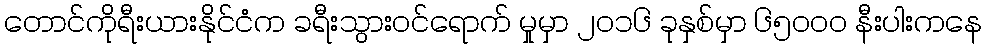
တောင်ကိုရီးယားနိုင်ငံက ခရီးသွားဝင်ရောက် မှုမှာ ၂၀၁၆ ခုနှစ်မှာ ၆၅၀၀၀ နီးပါးကနေ